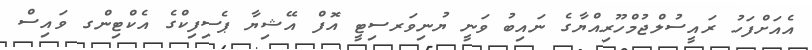
އެއަށްފަހު ރައީސުލްޖުމްހޫރިއްޔާގެ ނައިބު ވަނީ ޔުނިވަރސިޓީ އޮފް އޭޝިޔާ ޕެސިފިކްގެ އެކްޓިންގ ވައިސް